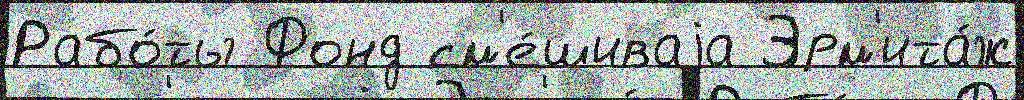
Рабо́ты Фонд см'е́шиваjа Эрм'ита́ж